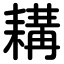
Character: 耩